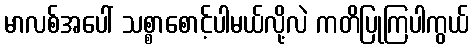
မာလစ်အပေါ် သစ္စာစောင့်ပါမယ်လို့လဲ ကတိပြုကြပါကွယ်